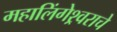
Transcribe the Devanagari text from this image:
महालिंगेश्र्वराचे